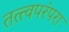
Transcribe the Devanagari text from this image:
तत्त्वपरंपरा